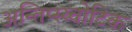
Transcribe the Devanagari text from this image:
अन्तिप्स्य्चोटिक